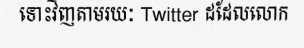
ទោះវិញតាមរយៈ Twitter ដដែលលោក